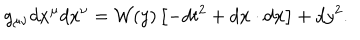
g _ { \mu \nu } d x ^ { \mu } d x ^ { \nu } = { \cal W } ( y ) \left[ - d t ^ { 2 } + d { \bf x } \cdot d { \bf x } \right] + d y ^ { 2 } .